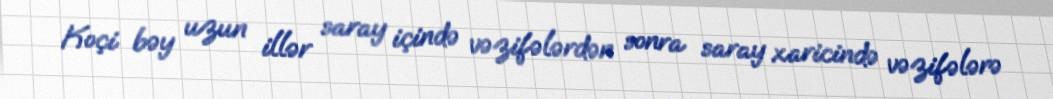
Koçi bəy uzun illər saray içində vəzifələrdən sonra saray xaricində vəzifələrə